Vaccination in the Punjab 1905-1918 - 1905-1918
Year: 1905
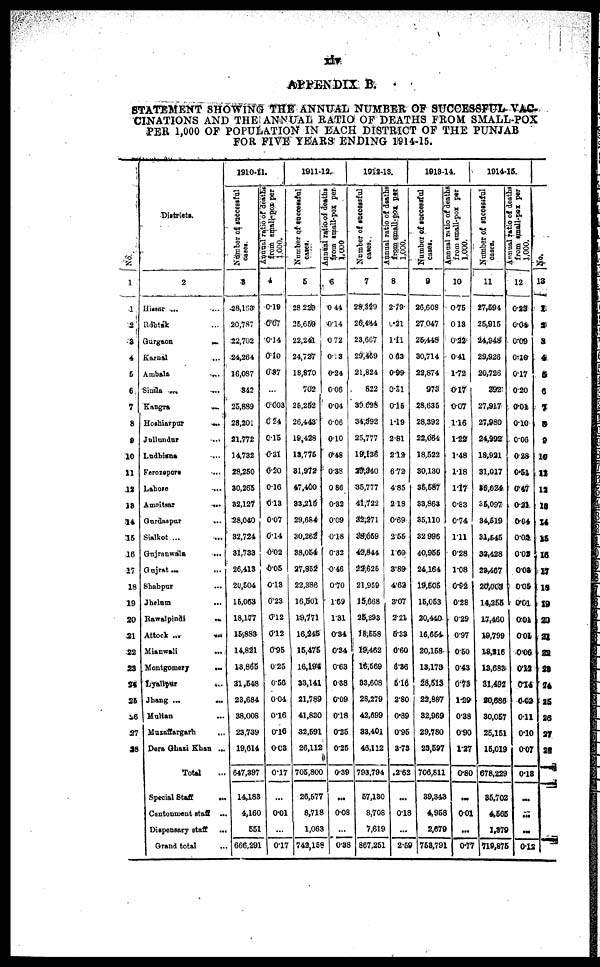
xiv
APPENDIX B.
STATEMENT SHOWING THE ANNUAL NUMBER OF SUCCESSFUL VAC-
CINATIONS AND THE ANNUAL RATIO OF DEATHS FROM SMALL-POX
PER 1,000 OF POPULATION IN EACH DISTRICT OF THE PUNJAB
FOR FIVE YEARS ENDING 1914-15.
No.
1
1
2
3
4
5
6
7
8
9
10
11
12
13
14
15
16
17
18
19
20
21
22
23
24
25
26
27
28
Districts.
2
Hissar ... ...
Rohtak ... ...
Gurgaon
...
...
Karnal ... ...
Ambala
...
...
Simla
...
...
Kangra
...
...
Hoshiarpur ... ...
Jullundur
...
...
Lodhiana ... ...
Ferozepore ... ...
Lahore ... ...
Amritsar ... ...
Gurdaspur
...
...
Sialkot ...
...
Gujranwala ... ...
Gujrat
...
...
Shahpur ... ...
Jhelum
... ...
Rawalpindi ... ...
Attock
...
...
Mianwali
...
...
Montgomery ... ...
Lyallpur
...
...
Jhang
...
...
Multan ... ...
Muzaffargarh
... ...
Dera Ghazi Khan ...
Total ...
Special Staff
...
Cantonment staff ...
Dispensary staff
...
Grand total
...
1910-11.
Number of successful
cases.
3
28,163
20,787
22,702
24,264
16,087
342
25,889
28,201
21,772
14,732
28,250
30,265
32,127
28,040
32,724
31,733
26,413
20,504
15,063
18,177
15,883
14,821
13,865
31,548
23,684
38,008
23,739
19,614
647,397
14,183
4,160
551
666,291
Annual ratio of deaths
from small-pox per
1000.
4
0.19
0.07
0.14
0.10
0.37
...
0.003
0.24
0.15
0.31
0.20
0.16
0.13
0.07
0.14
0.02
0.05
0.13
0.23
0.12
0.12
0.95
0.25
0.56
0.04
0.16
0.16
0.03
0.17
...
0.01
...
0.17
1911-12.
Number of successful
cases.
5
28,229
25,659
22,241
24,727
18,870
702
25,252
26,443
19,428
13,775
31,972
47,400
33,215
29,684
30,262
38,054
27,852
22,386
16,501
19,771
16,245
15,475
16,194
33,141
21,789
41,830
32,591
26,112
705,800
26,577
8,718
1,063
742,158
Annual ratio of deaths
from small-pox per
1,000.
6
0.44
0.14
0.72
0.13
0.24
0.06
0.04
0.06
0.10
0.48
0.38
0.86
0.32
0.09
0.18
0.32
0.46
0.70
1.69
1.31
0.34
0.34
0.63
0.38
0.09
0.18
0.25
0.25
0.39
...
0.08
...
0.38
1912-13.
Number of successful
cases.
7
28,329
26,444
23,667
29,459
21,824
822
39,698
34,392
25,777
19,136
29,340
35,777
41,722
32,271
38,059
42,844
22,625
21,959
15,668
25,293
18,558
19,462
16,569
33,608
28,279
42,699
33,401
46,112
793,794
57,130
8,708
7,619
867,251
Annual ratio of deaths
from small-pox per
1,000.
8
2.79
0.21
1.11
0.63
0.99
0.51
0.15
1.19
2.81
2.12
6.72
4.85
2.18
0.69
2.55
1.60
3.89
4.62
3.07
2.21
5.33
0.60
6.36
5.16
2.80
0.89
0.95
3.73
2.62
...
0.18
...
2.59
1913-14.
Number of successful
cases.
9
26,608
27,047
25,448
30,714
22,874
973
28,635
28,392
22,064
18,522
30,130
35,587
33,863
35,110
32,996
40,955
24,164
19,505
15,053
20,440
16,654
20,158
13,173
28,513
22,887
32,969
29,780
23,597
706,811
39,343
4,958
2,679
753,791
Annual ratio of deaths
from small-pox per
1,000.
10
0.75
0.13
0.22
0.41
1.72
0.17
0.07
1.16
1.22
1.48
1.18
1.17
0.83
0.74
1.11
0.28
1.08
0.92
0.28
0.29
0.97
0.50
0.43
0.73
1.29
0.38
0.90
1.27
0.80
...
0.01
...
0.77
1914-15.
Number of successful
cases.
11
27,594
25,915
24,948
29,926
20,726
392
27,917
27,980
24,992
18,921
31,017
35,024
35,097
34,519
31,545
32,428
23,467
20,003
14,255
17,460
19,799
18,216
13,683
31,492
30,686
30,057
25,151
15,019
678,229
35,702
4,565
1,379
719,875
Animal ratio of deaths
from small-pox per
1,000.
12
0.23
0.04
0.09
0.10
0.17
0.20
0.01
0.10
0.06
0.28
0.51
0.47
0.21
0.04
0.02
0.02
0.08
0.05
0.01
0.01
0.01
0.06
0.12
0.14
0.02
0.11
0.10
0.07
0.18
...
...
...
0.12
No.
13
1
2
3
4
5
6
7
8
9
10
11
12
13
14
15
16
17
18
19
20
21
22
23
24
25
26
27
28